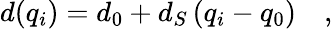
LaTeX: d(q_{i})=d_{0}+d_{S}\, (q_{i}-q_{0})\quad,